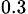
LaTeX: _{0.3}